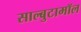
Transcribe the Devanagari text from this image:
साल्बुटामॉल